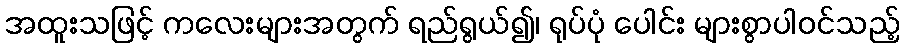
အထူးသဖြင့် ကလေးများအတွက် ရည်ရွယ်၍၊ ရုပ်ပုံ ပေါင်း များစွာပါဝင်သည့်